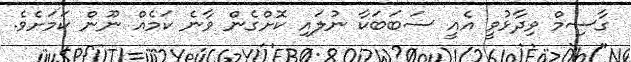
ގާސިމް ވިދާޅުވީ އެއީ ސަބަބަކާ ނުލައި ކޮށްގެން ވާނެ ކަމެއް ނޫން ކަމަށެވެ.